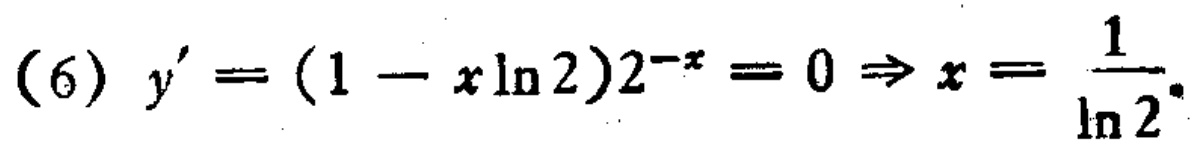
\((6) \ y'=(1 - x\ln 2)2^{-x}=0\Rightarrow x = \frac{1}{\ln 2}\)